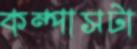
কম্পাসটা